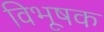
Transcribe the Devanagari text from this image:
विभूषक